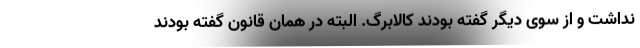
نداشت و از سوی دیگر گفته بودند کالابرگ. البته در همان قانون گفته بودند